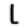
Digit: 1